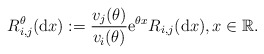
\begin{align*}R^\theta_{i,j}({\rm d}x):=\frac{v_j(\theta)}{v_i(\theta)}{\rm e}^{\theta x}R_{i,j}({\rm d}x), x\in\mathbb{R}.\end{align*}